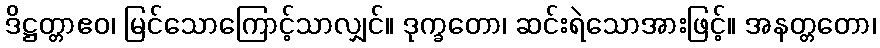
ဒိဋ္ဌတ္တာဧဝ၊ မြင်သောကြောင့်သာလျှင်။ ဒုက္ခတော၊ ဆင်းရဲသောအားဖြင့်။ အနတ္တတော၊